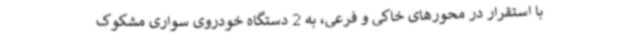
با استقرار در محورهای خاکی و فرعی، به 2 دستگاه خودروی سواری مشکوک